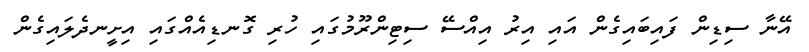
އޭނާ ސިޑިން ފައިބައިގެން އައި އިރު އިއްސޭ ސިޓިންރޫމުގައި ހުރި ގޮނޑިއެއްގައި އިށީނދެލައިގެން